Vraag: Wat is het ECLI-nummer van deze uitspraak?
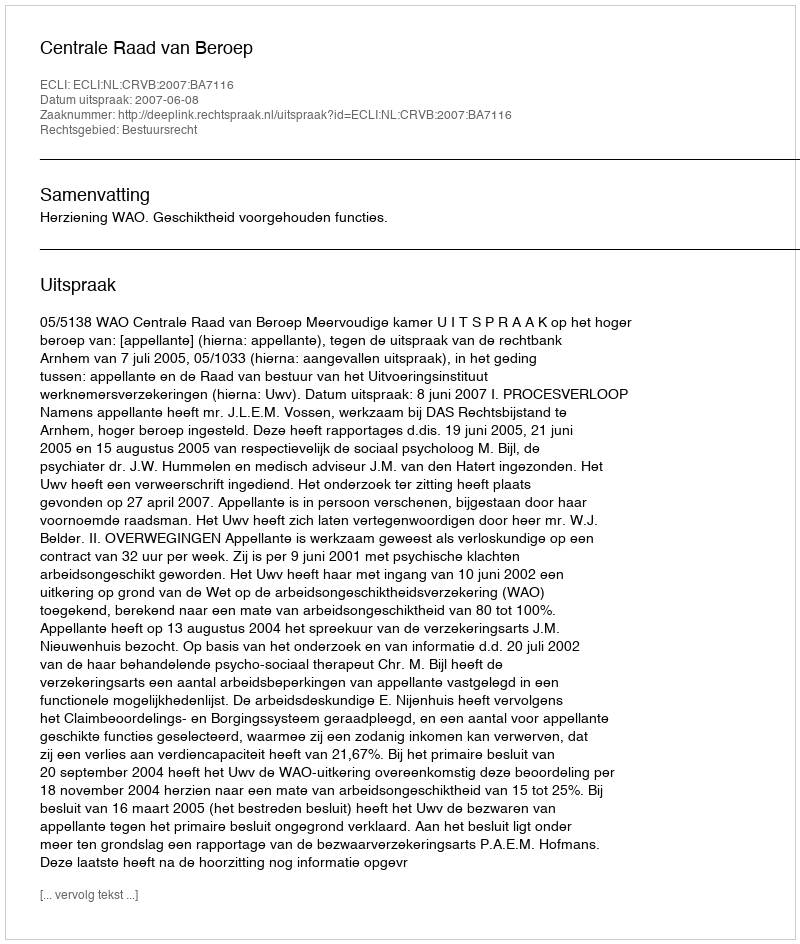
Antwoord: ECLI:NL:CRVB:2007:BA7116